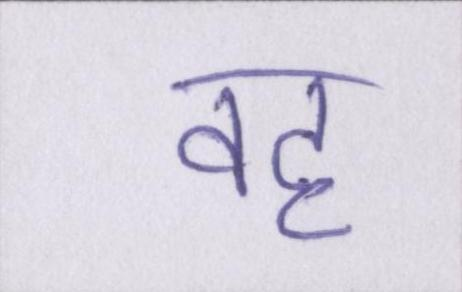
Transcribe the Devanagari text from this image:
वह